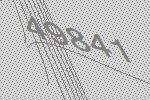
49841